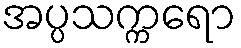
အပ္ပသက္ကရော